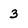
Character: 3